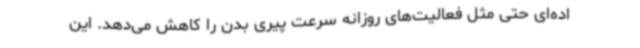
اده‌ای حتی مثل فعالیت‌های روزانه سرعت پیری بدن را کاهش می‌دهد. این